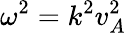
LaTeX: \omega^{2}=k^{2}v_{A}^{2}